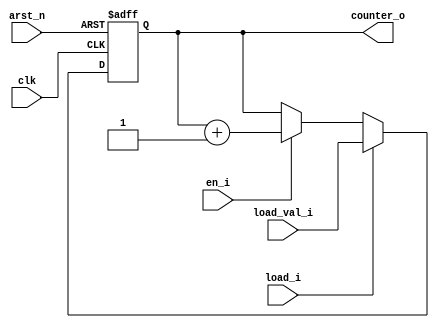
`timescale 1ns / 1ps

module counter
#(
    parameter N = 4
)
(
input   clk,
input   arst_n,
input   en_i,
input   load_i,
input   [N-1:0] load_val_i ,
output reg [N-1:0] counter_o
//output  [N-1:0] counter_o
);

////////////////////////////////////////////////////////////////////////////////
// METHOD #1
////////////////////////////////////////////////////////////////////////////////

/*
reg [N-1:0] counter; 

always @(posedge clk or negedge arst_n) begin
    
    if (~arst_n) begin
        counter <= 0;
    end 
    else begin
        if (load_i) begin
            counter <= load_val_i;
        end
        else if (en_i) begin
            counter <= counter + 1;
        end
    end

end

assign counter_o = counter;
*/

////////////////////////////////////////////////////////////////////////////////
// METHOD #2
////////////////////////////////////////////////////////////////////////////////



always @(posedge clk or negedge arst_n) begin
    
    if (~arst_n) begin
        counter_o <= 0;
    end 
    else begin
        if (load_i) begin
            counter_o <= load_val_i;
        end
        else if (en_i) begin
            counter_o <= counter_o + 1;
        end
    end

end




endmodule